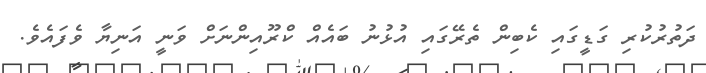
ދަތުރުކުރި ގަޑީގައި ކެބިން ތެރޭގައި އުޅުނު ބައެއް ކްރޫއިންނަށް ވަަނީ އަނިޔާ ވެފައެވެ.